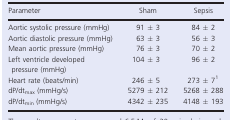
<table><thead><tr><td><b>Parameter</b></td><td><b>Sham</b></td><td><b>Sepsis</b></td></tr></thead><tbody><tr><td>Aortic systolic pressure (mmHg)</td><td>91 ± 3</td><td>84 ± 2</td></tr><tr><td>Aortic diastolic pressure (mmHg)</td><td>63 ± 3</td><td>56 ± 3</td></tr><tr><td>Mean aortic pressure (mmHg)</td><td>76 ± 3</td><td>70 ± 2</td></tr><tr><td>Left ventricle developed pressure (mmHg)</td><td>104 ± 3</td><td>96 ± 2</td></tr><tr><td>Heart rate (beats/min)</td><td>246 ± 5</td><td>273 ± 7a</td></tr><tr><td>dP/dt<sub>max</sub> (mmHg/s)</td><td>5279 ± 212</td><td>5268 ± 288</td></tr><tr><td>dP/dt<sub>min</sub> (mmHg/s)</td><td>4342 ± 235</td><td>4148 ± 193</td></tr></tbody></table>